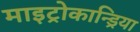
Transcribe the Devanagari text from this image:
माइट्रोकान्ड्रिया